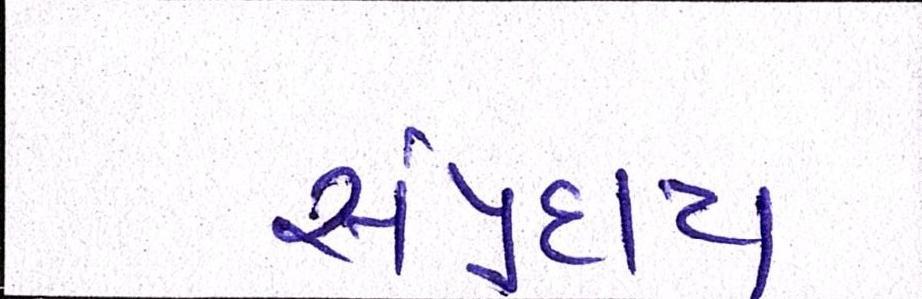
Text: સંપ્રદાય